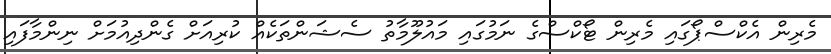
މެރިން އެކްސްޕޯގައި މެރިން ޓޯކްސްގެ ނަމުގައި މައުލޫމާތު ސެޝަންތަކެއް ކުރިއަށް ގެންދިއުމަށް ނިންމާފައި